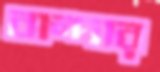
বান্দার